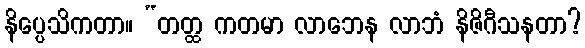
နိပ္ပေသိကတာ။ “တတ္ထ ကတမာ လာဘေန လာဘံ နိဇိဂီသနတာ?